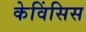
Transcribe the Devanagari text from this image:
केविंसिस